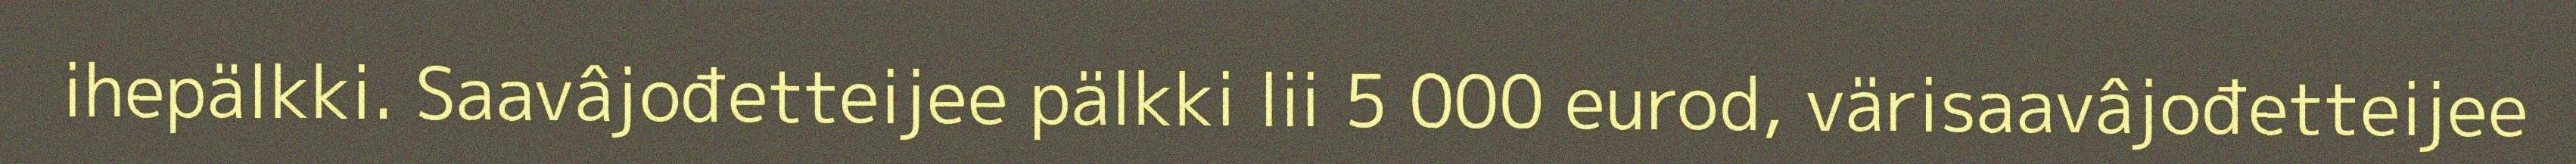
ihepälkki. Saavâjođetteijee pälkki lii 5 000 eurod, värisaavâjođetteijee